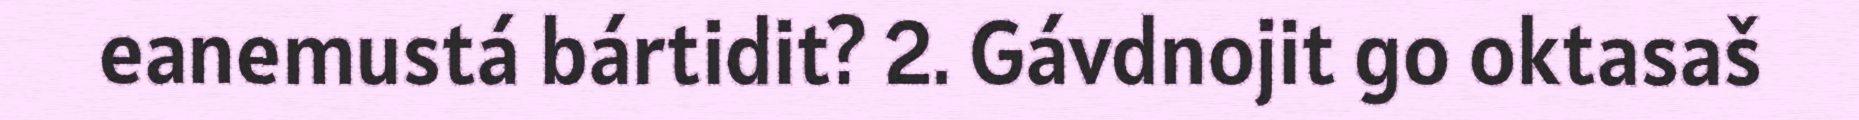
eanemustá bártidit? 2. Gávdnojit go oktasaš